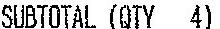
SUBTOTAL (QTY 4)